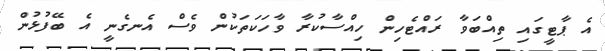
އެ ޕާޓީގައި ތިއްބަވާ ރައްޓެހިން ހިއްސާކުރާ ވާހަކަތަކުން ވެސް އެނގެނީ އެ ބޭފުޅުން